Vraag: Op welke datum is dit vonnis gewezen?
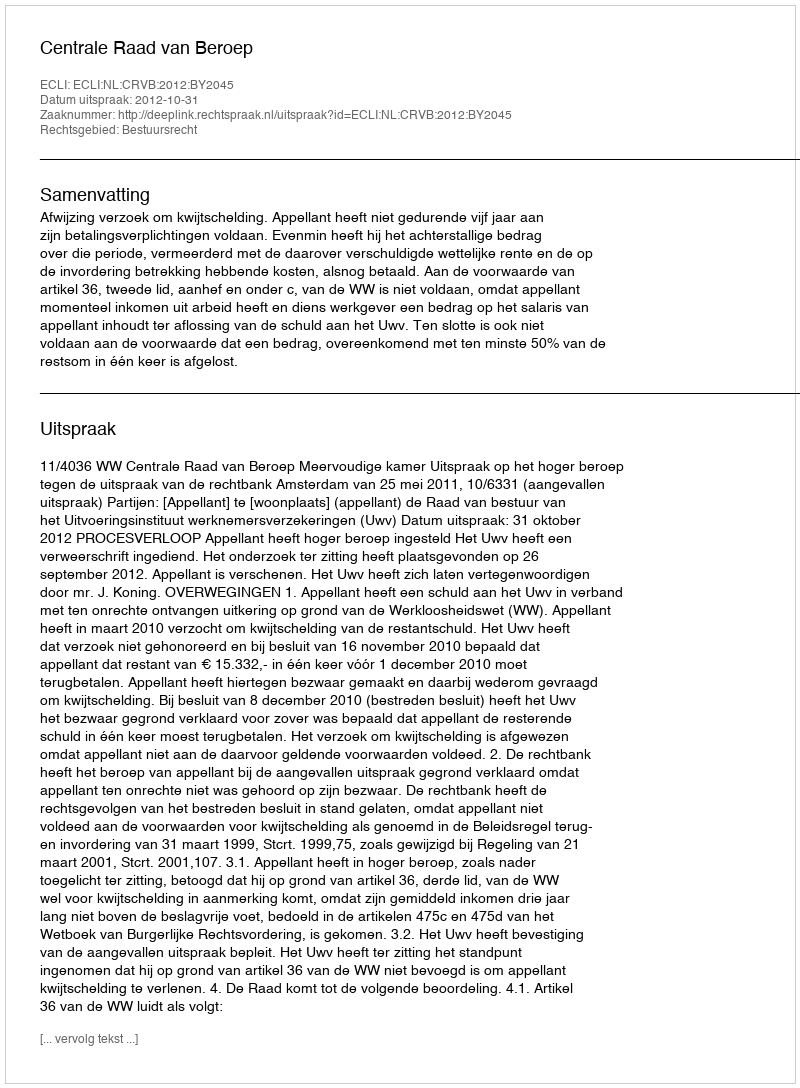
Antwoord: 2012-10-31